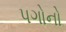
પગોનો